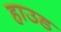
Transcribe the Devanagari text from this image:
हाउड